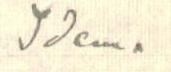
Idem.